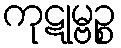
ကုဋုမ္ဗဉ္စ